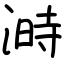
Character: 溡